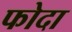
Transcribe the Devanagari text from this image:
फोदा